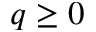
q \geq 0